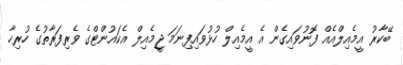
ބޭކާރު އީމެއިލްއެއް ފޮނުވައިގެން އެ އީމެއިލް ހުޅުވައިފިނަމަ ޖީމެއިލް އެކައުންޓްގެ ވެރިފަރާތުގެ ހުރިހާ